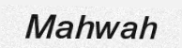
Mahwah